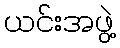
ယင်းအဖွဲ့